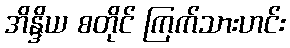
အိန္ဒိယ စတိုင် ကြက်သားဟင်း